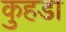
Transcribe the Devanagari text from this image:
कुहडा